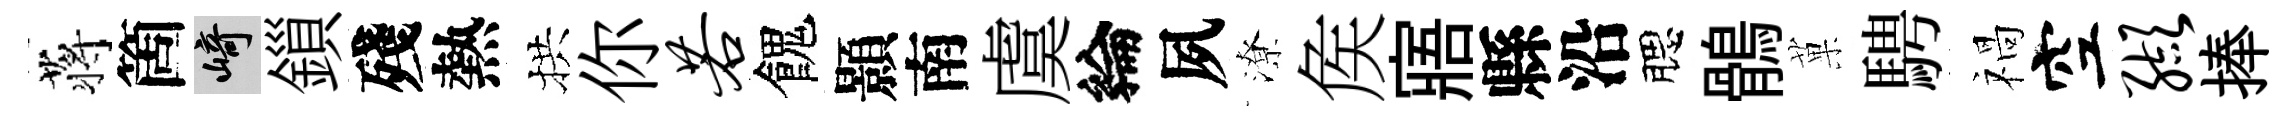
蒋箇崎鎻殘熱拱你若餽顥南虞綸夙潦矦寤縣沿腮鶻菓騁禍空缬捧